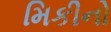
મિકીનો